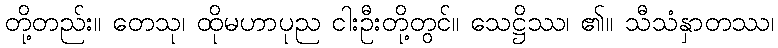
တို့တည်း။ တေသု၊ ထိုမဟာပုည ငါးဦးတို့တွင်။ သေဋ္ဌိဿ၊ ၏။ သီသံနှာတဿ၊